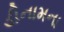
ડીનામના